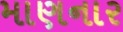
માણનાર